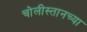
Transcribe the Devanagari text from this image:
चोलीस्तानच्या